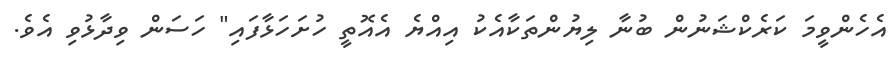
އެހެންވީމަ ކަރެކްޝަނުން ބުނާ ލިޔުންތަކާއެކު އިއްޔެ އެއޮތީ ހުށަހަޅާފައި" ހަސަން ވިދާޅުވި އެވެ.